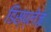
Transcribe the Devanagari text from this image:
डिस्प्लेज़